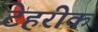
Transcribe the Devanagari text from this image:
टेहरीक